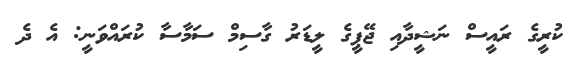
ކުރީގެ ރައީސް ނަޝީދާއި ޖޭޕީގެ ލީޑަރު ގާސިމް ސަމާސާ ކުރައްވަނީ: އެ ދެ